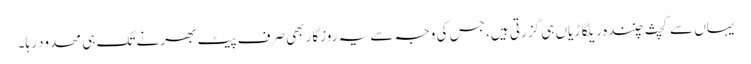
یہاں سے کچث چنندہ ریلگاڑیاں ہی گزرتی ہیں، جس کی وجہ سے یہ روزگار بھی صرف پیٹ بھرنے تک ہی محدود رہا۔